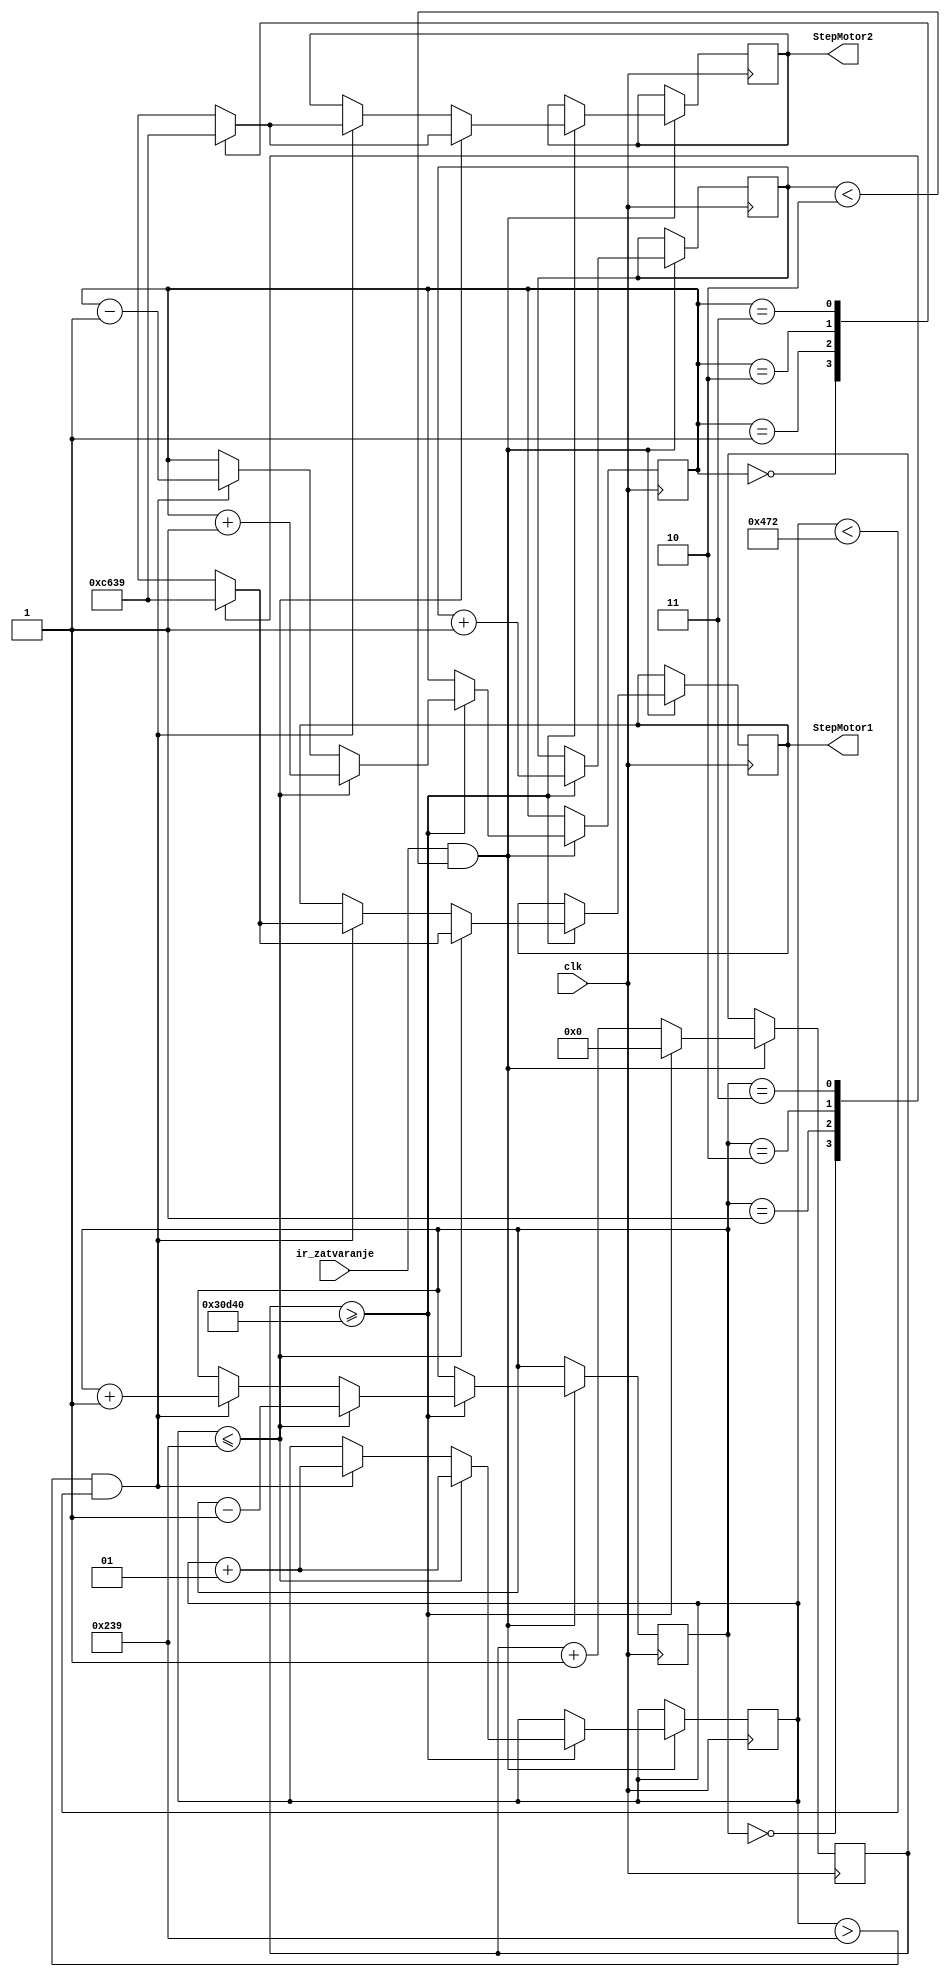
module stepper_zatvaranje(clk, ir_zatvaranje, StepMotor1, StepMotor2);
    
	input clk;
	input ir_zatvaranje;
  
	output[3:0] StepMotor1; 
	output[3:0] StepMotor2; 
     
	reg[3:0] StepMotor1;
	reg[3:0] StepMotor2;
	reg[1:0] step1, step2; 
	reg[31:0] StepCounter = 32'b0;
	reg[2:0] brojac_kraj = 3'b0; 
	parameter[31:0] StepLockOut = 32'd200000;		//250HZ
	parameter[2:0] kraj = 3'd1138;

	parameter	input_angle = 569;
	parameter	dir = 0;
	
	integer angle = 0;
 
	initial	  
		begin 
			StepMotor1 <= 4'b0;
			StepMotor2 <= 4'b0;
			step1 <= 3'b0;
			step2 <= 3'b0;
			StepCounter <= 32'b0;
			brojac_kraj <=3'b0;
			//angle = input_angle;
		end
			
	always @(posedge clk) 
	begin
	
		if ((ir_zatvaranje == 1'b1) && (brojac_kraj < kraj))
		begin
		
			StepCounter <= StepCounter + 31'b1 ; 
					
			if (StepCounter >= StepLockOut)
			begin
				StepCounter <=32'b0;
				brojac_kraj <= brojac_kraj + 1'b1;	
				
				if (angle <= input_angle) 
				begin
					step1 <= step1 - 1;
					step2 <= step2 + 1;
					angle <= angle + 1;
					
					case (step1) 
					0: StepMotor1 <= 4'b1100;
					1: StepMotor1 <= 4'b0110;
					2: StepMotor1 <= 4'b0011;
					3: StepMotor1 <= 4'b1001;						
					endcase 
						
					case (step2) 
					0: StepMotor2 <= 4'b1100;
					1: StepMotor2 <= 4'b0110;
					2: StepMotor2 <= 4'b0011;
					3: StepMotor2 <= 4'b1001;						
					endcase 
				end
				
				else if ((angle > input_angle) && (angle < (2 * input_angle)))
				begin
					step1 <= step1 + 1;
					step2 <= step2 - 1;
					angle <= angle + 1;

					case (step1) 
					0: StepMotor1 <= 4'b1100;
					1: StepMotor1 <= 4'b0110;
					2: StepMotor1 <= 4'b0011;
					3: StepMotor1 <= 4'b1001;						
					endcase 
						
					case (step2) 
					0: StepMotor2 <= 4'b1100;
					1: StepMotor2 <= 4'b0110;
					2: StepMotor2 <= 4'b0011;
					3: StepMotor2 <= 4'b1001;						
					endcase 
				end
			end
		end 
	end 
 endmodule